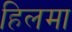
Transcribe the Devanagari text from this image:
हिलमा